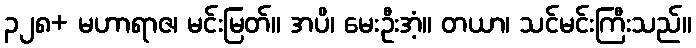
၃၂၈+ မဟာရာဇ၊ မင်းမြတ်။ အပိ၊ မေးဦးအံ့။ တယာ၊ သင်မင်းကြီးသည်။